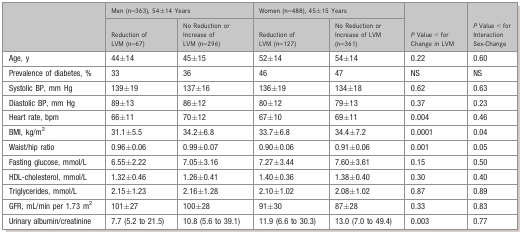
<table><thead><tr><td rowspan="2"></td><td colspan="2"><b>Men (n=363), 54±14 Years</b></td><td colspan="2"><b>Women (n=488), 45±15 Years</b></td><td rowspan="2"><b><i>P</i> Value &lt; for Change in LVM</b></td><td rowspan="2"><b><i>P</i> Value &lt; for Interaction Sex‐Change</b></td></tr><tr><td><b>Reduction of LVM (n=67)</b></td><td><b>No Reduction or Increase of LVM (n=296)</b></td><td><b>Reduction of LVM (n=127)</b></td><td><b>No Reduction or Increase of LVM (n=361)</b></td></tr></thead><tbody><tr><td>Age, y</td><td>44±14</td><td>45±15</td><td>52±14</td><td>54±14</td><td>0.22</td><td>0.60</td></tr><tr><td>Prevalence of diabetes, %</td><td>33</td><td>36</td><td>46</td><td>47</td><td>NS</td><td>NS</td></tr><tr><td>Systolic BP, mm Hg</td><td>139±19</td><td>137±16</td><td>136±19</td><td>134±18</td><td>0.62</td><td>0.63</td></tr><tr><td>Diastolic BP, mm Hg</td><td>89±13</td><td>86±12</td><td>80±12</td><td>79±13</td><td>0.37</td><td>0.23</td></tr><tr><td>Heart rate, bpm</td><td>66±11</td><td>70±12</td><td>67±10</td><td>69±11</td><td>0.004</td><td>0.46</td></tr><tr><td>BMI, kg/m<sup>2</sup></td><td>31.1±5.5</td><td>34.2±6.8</td><td>33.7±6.8</td><td>34.4±7.2</td><td>0.0001</td><td>0.04</td></tr><tr><td>Waist/hip ratio</td><td>0.96±0.06</td><td>0.99±0.07</td><td>0.90±0.06</td><td>0.91±0.06</td><td>0.001</td><td>0.05</td></tr><tr><td>Fasting glucose, mmol/L</td><td>6.55±2.22</td><td>7.05±3.16</td><td>7.27±3.44</td><td>7.60±3.61</td><td>0.15</td><td>0.50</td></tr><tr><td>HDL‐cholesterol, mmol/L</td><td>1.32±0.46</td><td>1.26±0.41</td><td>1.40±0.36</td><td>1.38±0.40</td><td>0.30</td><td>0.40</td></tr><tr><td>Triglycerides, mmol/L</td><td>2.15±1.23</td><td>2.16±1.28</td><td>2.10±1.02</td><td>2.08±1.02</td><td>0.87</td><td>0.89</td></tr><tr><td>GFR, mL/min per 1.73 m<sup>2</sup></td><td>101±27</td><td>100±28</td><td>91±30</td><td>87±28</td><td>0.33</td><td>0.83</td></tr><tr><td>Urinary albumin/creatinine</td><td>7.7 (5.2 to 21.5)</td><td>10.8 (5.6 to 39.1)</td><td>11.9 (6.6 to 30.3)</td><td>13.0 (7.0 to 49.4)</td><td>0.003</td><td>0.77</td></tr></tbody></table>